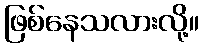
ဖြစ်နေသလားလို့။